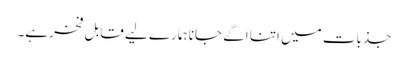
جذبات میں اتنا اگے جانا ہمارے لیے قابل فخر ہے۔